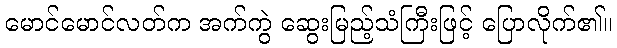
မောင်မောင်လတ်က အက်ကွဲ ဆွေးမြည့်သံကြီးဖြင့် ပြောလိုက်၏။